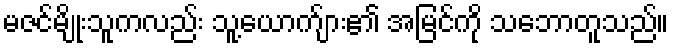
မဇင်မျိုးသူကလည်း သူ့ယောက်ျား၏ အမြင်ကို သဘောတူသည်။